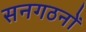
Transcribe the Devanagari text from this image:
सनगठनों